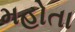
મહોતા